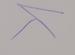
Signature authenticity: genuine